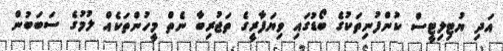
އަދި ޔުޓިލިޓީސް ކުންފުނިތަކުގެ ބޯޑުގައި ވިޔަފާރީގެ ތަޖުރިބާ ނެތް މީހުންތަކެއް ލުމުގެ ސަބަބުން